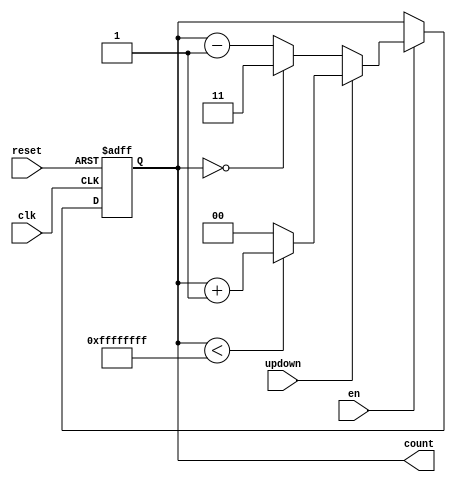
`timescale 1ns / 1ps
//////////////////////////////////////////////////////////////////////////////////
// Company: 
// Engineer: 
// 
// Design Name: 
// Module Name: counter
// Project Name: 
// Target Devices: 
// Tool Versions: 
// Description: 
// 
// Dependencies: 
// 
// Revision:
// Revision 0.01 - File Created
// Additional Comments:
// 
//////////////////////////////////////////////////////////////////////////////////


module binaryCounter#(parameter x = 0, y = 0)(input clk, en, reset,input updown, output reg [x-1:0] count);
always @ (posedge clk, posedge reset) begin
if (reset)
    count<=0;
else if (en == 1) 
    if(updown)
        if(count < y-1)
             count <= count+1;
         else
             count <= 0;
    else
        if (count == 0) 
             count <= y-1;
        else
             count <= count-1;
else
    count <= count;
end
endmodule



/*module binaryCounter#(parameter x = 0, y = 0)(input clk, reset, en, output reg [x-1:0] count, input adjust, input up, input down);
always @ (posedge clk, posedge reset) begin
if (reset == 1) 
    count <= 0;
else if (en == 0) begin
    if (adjust == 1) begin
        if (up)
            if(count < y-1)
                count <= count+1;
            else
                count <= 0;
        if (down)
            if (count == 0) 
                count <= y-1;
            else
                count <= count-1;
      end 
end
else if (en == 1 && adjust == 0) begin
    if ( count == y-1)
        count <= 0;
    else
        count<=count+1;
end
else
    count <=count;
end
endmodule*/